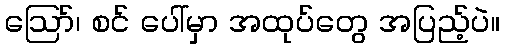
ဩော်၊ စင် ပေါ်မှာ အထုပ်တွေ အပြည့်ပဲ။